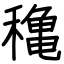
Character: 穐